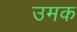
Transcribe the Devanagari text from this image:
उमक